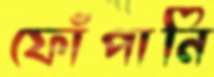
ফোঁপানি